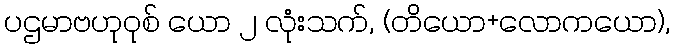
ပဌမာဗဟုဝုစ် ယော ၂ လုံးသက်, (တိယော+လောကယော),